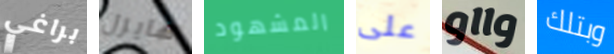
براغي هايزل المشهود على وااو وبتلك